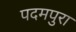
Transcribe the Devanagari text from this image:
पदमपुरा